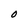
Character: O